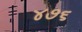
૪૭૬